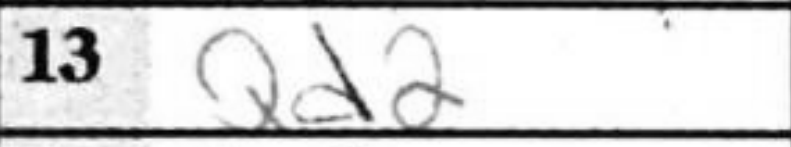
Transcription: Qd2